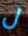
ل